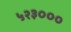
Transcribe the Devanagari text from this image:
५२३०००